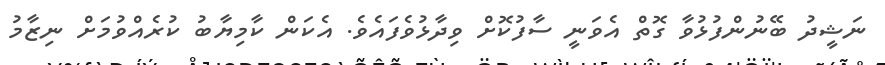
ނަޝީދު ބޭނުންފުޅުވާ ގޮތް އެވަނީ ސާފުކޮށް ވިދާޅުވެފައެވެ. އެކަން ކާމިޔާބު ކުރެެއްވުމަށް ނިޒާމު